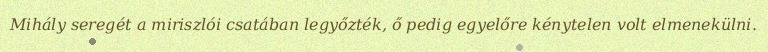
Mihály seregét a miriszlói csatában legyőzték, ő pedig egyelőre kénytelen volt elmenekülni.